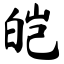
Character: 皑